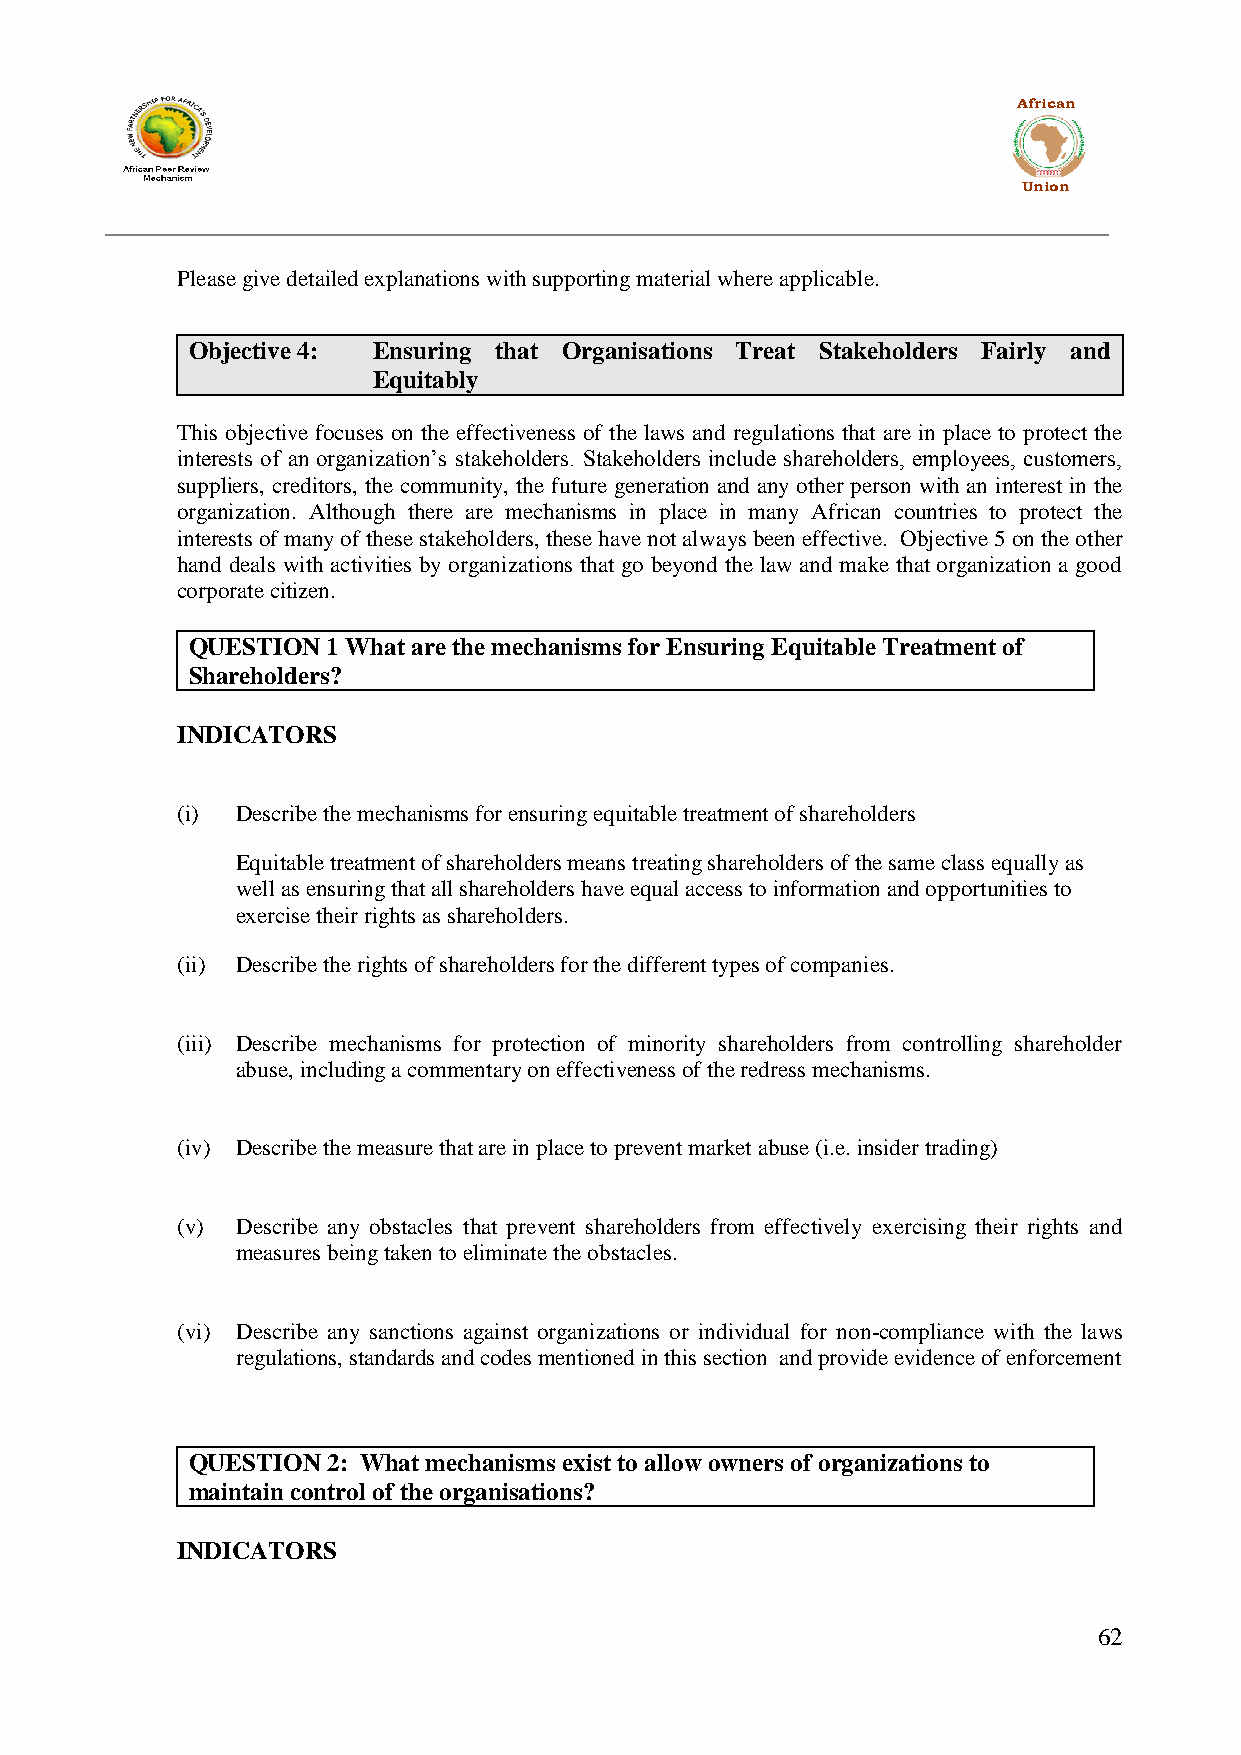
African
 Union
 Please give detailed explanations with supporting material where applicable.
 Objective 4: Ensuring that Organisations Treat Stakeholders Fairly and
 Equitably
 This objective focuses on the effectiveness of the laws and regulations that are in place to protect the
 interests of an organization‟s stakeholders. Stakeholders include shareholders, employees, customers,
 suppliers, creditors, the community, the future generation and any other person with an interest in the
 organization. Although there are mechanisms in place in many African countries to protect the
 interests of many of these stakeholders, these have not always been effective. Objective 5 on the other
 hand deals with activities by organizations that go beyond the law and make that organization a good
 corporate citizen.
 QUESTION  1 What are the mechanisms for Ensuring Equitable Treatment of
 Shareholders?
 INDICATORS
 (i) Describe the mechanisms for ensuring equitable treatment of shareholders
 Equitable treatment of shareholders means treating shareholders of the same class equally as
 well as ensuring that all shareholders have equal access to information and opportunities to
 exercise their rights as shareholders.
 (ii) Describe the rights of shareholders for the different types of companies.
 (iii) Describe mechanisms for protection of minority shareholders from controlling shareholder
 abuse, including a commentary on effectiveness of the redress mechanisms.
 (iv) Describe the measure that are in place to prevent market abuse (i.e. insider trading)
 (v) Describe any obstacles that prevent shareholders from effectively exercising their rights and
 measures being taken to eliminate the obstacles.
 (vi) Describe any sanctions against organizations or individual for non-compliance with the laws
 regulations, standards and codes mentioned in this section and provide evidence of enforcement
 QUESTION  2: What mechanisms exist to allow owners of organizations to
 maintain control of the organisations?
 INDICATORS
 62